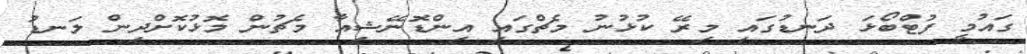
ގައުމީ ފުޓްބޯޅަ ދަނޑުގައި މިރޭ ކުޅުނު މެޗްގައި އިންޑޮނޭޝިއާ މެޗުން މޮޅުކޮށްދިން ލަނޑު